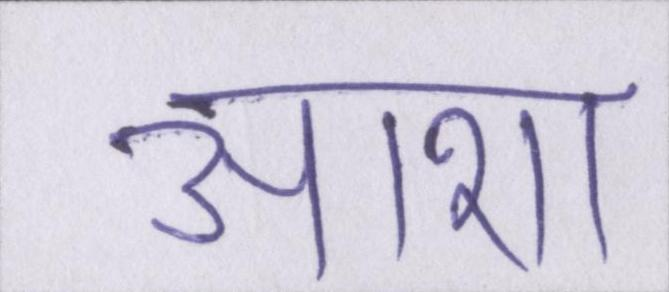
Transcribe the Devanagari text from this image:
आशा